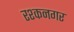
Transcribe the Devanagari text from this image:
रश्कनगर